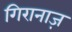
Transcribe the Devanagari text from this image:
गिरानाज़